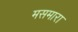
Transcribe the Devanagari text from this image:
मसमारा